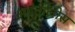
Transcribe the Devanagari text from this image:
अडतालीस